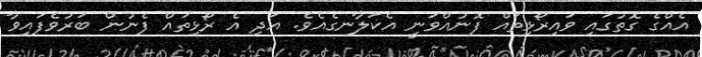
އެއްގެ ގޮތުގައި ވައިރޯޅިތައް ފޮނުއްވަނީ އެކަލާނގެއެވެ. އަދި އެ ރޯޅިތައް ފެނުން ބަރުވެފައިވާ